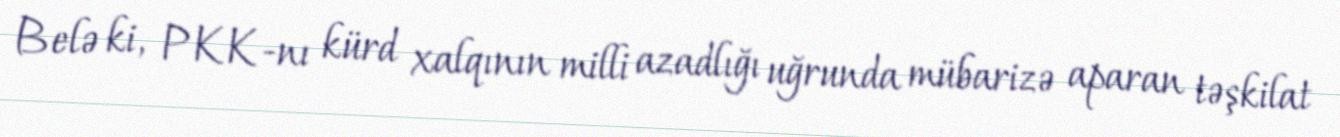
Belə ki, PKK-nı kürd xalqının milli azadlığı uğrunda mübarizə aparan təşkilat